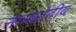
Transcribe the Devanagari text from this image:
नामस्रोतीय